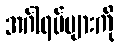
အင်္ဂါရပ်များကို